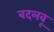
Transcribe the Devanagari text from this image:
बदलवू